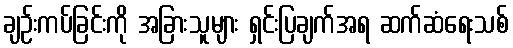
ချဉ်းကပ်ခြင်းကို အခြားသူများ ရှင်းပြချက်အရ ဆက်ဆံရေးသစ်